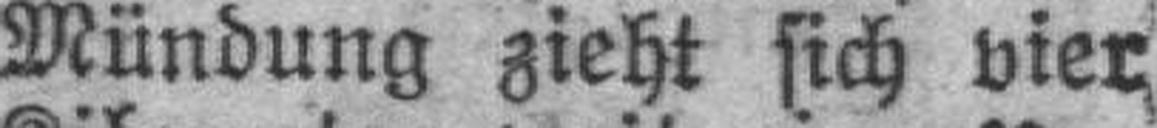
Mündung zieht sich vier